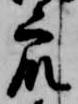
衆